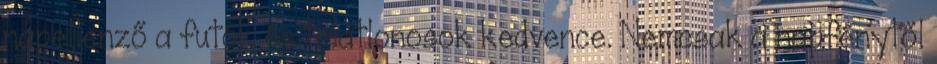
napellenző a futók és triatlonosok kedvence. Nemcsak a napfénytől